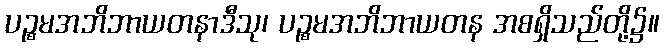
ပဉ္စမအဘိဘာယတနာဒီသု၊ ပဉ္စမအဘိဘာယတန အစရှိသည်တို့၌။